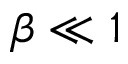
\beta \ll 1